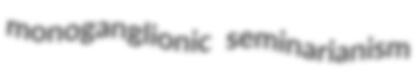
monoganglionic seminarianism